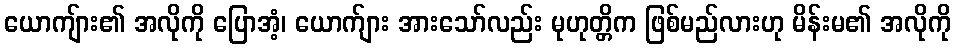
ယောကျ်ား၏ အလိုကို ပြောအံ့၊ ယောက်ျား အားသော်လည်း မုဟုတ္တိက ဖြစ်မည်လားဟု မိန်းမ၏ အလိုကို